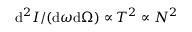
\mathrm { d } ^ { 2 } I / ( \mathrm { d } \omega \mathrm { d } \Omega ) \propto T ^ { 2 } \propto N ^ { 2 }